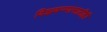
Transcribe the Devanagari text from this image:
विझवण्यासाठीही